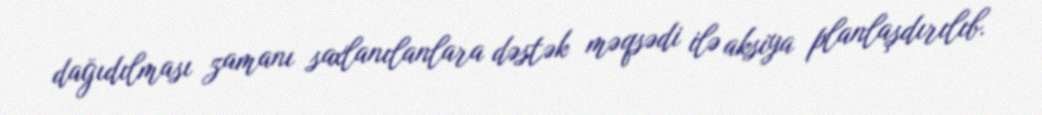
dağıdılması zamanı saxlanılanlara dəstək məqsədi ilə aksiya planlaşdırılıb.